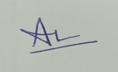
Signature authenticity: genuine